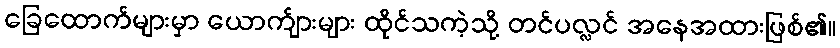
ခြေထောက်များမှာ ယောက်ျားများ ထိုင်သကဲ့သို့ တင်ပလ္လင် အနေအထားဖြစ်၏။